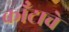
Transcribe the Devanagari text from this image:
काँटाचे